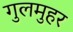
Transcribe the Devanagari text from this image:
गुलमुहर